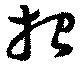
招